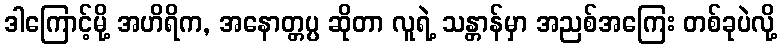
ဒါကြောင့်မို့ အဟိရိက, အနောတ္တပ္ပ ဆိုတာ လူရဲ့ သန္တာန်မှာ အညစ်အကြေး တစ်ခုပဲလို့